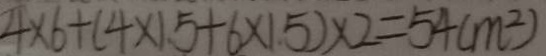
4 \times 6 + ( 4 \times 1 . 5 + 6 \times 1 . 5 ) \times 2 = 5 4 ( m ^ { 2 } )